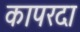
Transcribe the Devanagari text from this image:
कापरदा